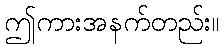
ဤကားအနက်တည်း။